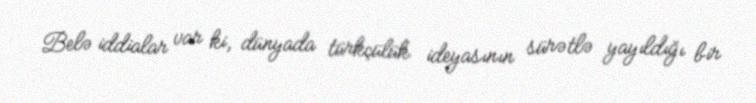
Belə iddialar var ki, dünyada türkçülük ideyasının sürətlə yayıldığı bir